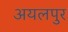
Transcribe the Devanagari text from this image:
अयलपुर